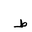
Letter: _da